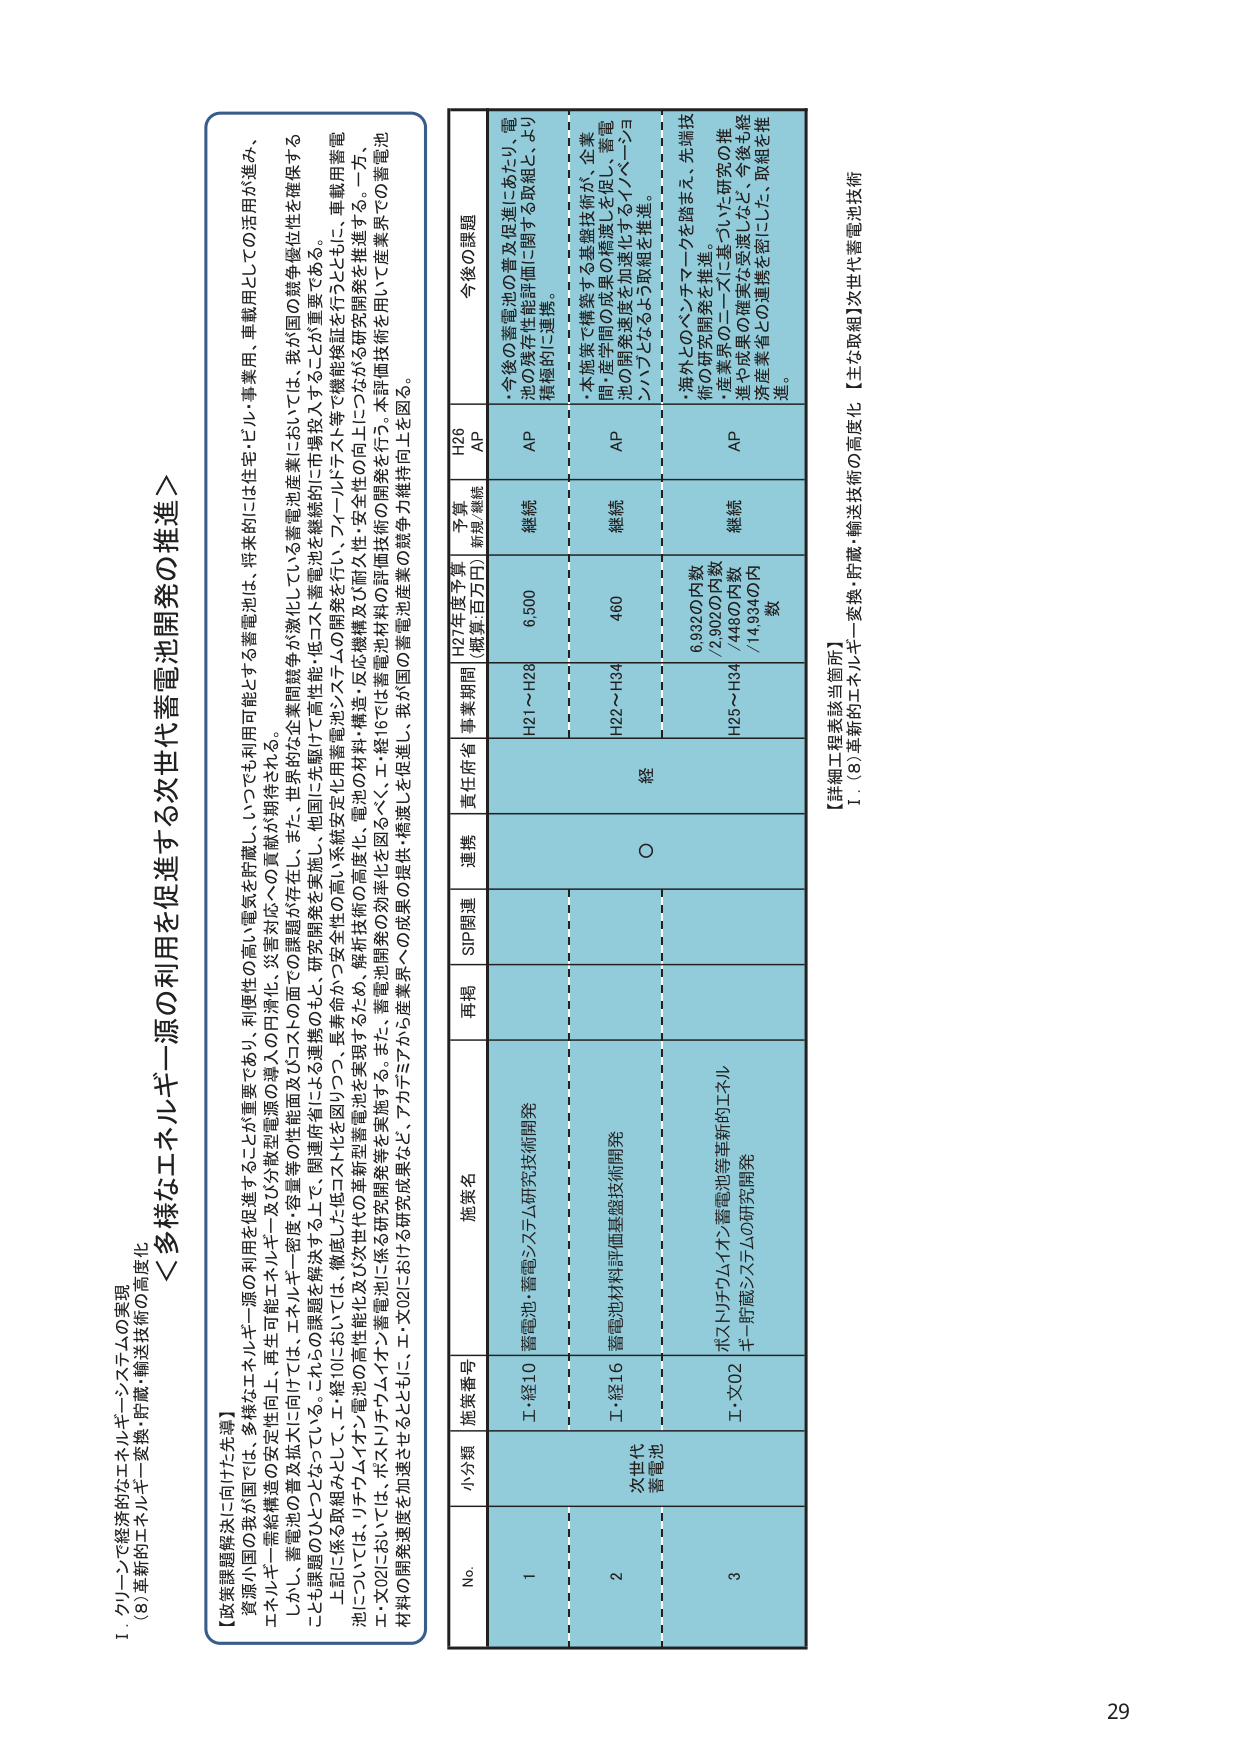
I. グリーンで経済的なエネルギー・システムの実現
(8) 革新的エネルギー変換・貯蔵・輸送技術の高度化

【政策課題解決に向けた先導】
＜多様なエネルギー源の利用を促進する次世代蓄電池開発の推進＞

資源小国の我が国では、多様なエネルギー源の利用を促進することが重要であり、利便性の高い電気を貯蔵し、いつでも利用可能にする蓄電池は、将来的には住宅・ビル・事業用、車載用としての活用が進み、エネルギー需給構造の安定性向上、再生可能エネルギー及び分散型電源の導入の円滑化、災害対応への貢献が期待される。
しかし、蓄電池の普及拡大に向けた課題・容姿等の性能面及びコスト面での課題が存在し、また、世界的な企業間競争が激化している蓄電池産業においては、我が国の競争優位性を確保することが課題のひとつとなっている。これからの課題を解決する上で、関連府省による連携のもと、研究開発を実施し、他国に先駆けた高性能・低コスト蓄電池を継続的に市場投入することが重要である。
上記に係る取組みとして、エ・経10においては、徹底した低コスト化を図りつつ、長寿命かつ安全性の高い系統安定化用蓄電池システムの開発を行い、フィールドテスト等で機能検証を行うとともに、車載用蓄電池については、リチウムイオン電池の高性能化及び次世代の革新型蓄電池を実現するため、解析技術の高度化・反応機構及び耐久性・安全性の向上につながる研究開発を推進する。一方、エ・文02については、ポストリチウムイオン蓄電池に係る研究開発等を実施する。また、蓄電池開発の効率化を図るべく、エ・経16では蓄電池材料の評価技術を用いて産業界での蓄電池材料の開発速度を加速させるとともに、エ・文02における研究成果など、アカデミアから産業界への成果の提供・移渡しを促進し、我が国の蓄電池産業の競争力維持向上を図る。

No. 小分類 施策番号 施策名 再掲 SIP関連 連携 責任府省 事業期間 H27年度予算 (概算:百万円) 予算 新規/継続 H26 AP 今後の課題
1 蓄電池・蓄電システム研究技術開発 H21～H28 6,500 継続 AP ・今後の蓄電池の普及促進にあたり、電池の残存性能評価に関する取組と、より積極的に連携。
2 次世代蓄電池 蓄電池材料評価基盤技術開発 H22～H34 460 継続 AP ・本施策で構築する基盤技術が、企業間・産学間の成果の橋渡しを促し、蓄電池の開発速度を加速化するイノベーションハブとなるよう取組を推進。
3 ポストリチウムイオン蓄電池等革新的エネルギー貯蔵システムの研究開発 H25～H34 6,932OD内数 /2,902OD内数 /4,480OD内数 /14,934OD内数 継続 AP ・海外とのベンチマークを踏まえ、先端技術の研究開発を推進。
・産業界のニーズに基づいた研究の推進や成果の確実な受渡しなど、今後も経済産業省との連携を密にした、取組を推進。

【詳細工程表該当箇所】
I．(8) 革新的エネルギー変換・貯蔵・輸送技術の高度化【主な取組】次世代蓄電池技術

29